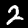
Digit: 2